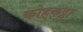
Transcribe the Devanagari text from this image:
कोहकट्टा